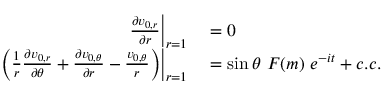
\begin{array} { r l } { \left. \frac { \partial v _ { 0 , r } } { \partial r } \right| _ { r = 1 } } & { { } = 0 } \\ { \left. \left( \frac { 1 } { r } \frac { \partial v _ { 0 , r } } { \partial \theta } + \frac { \partial v _ { 0 , \theta } } { \partial r } - \frac { v _ { 0 , \theta } } { r } \right) \right| _ { r = 1 } } & { { } = \sin { \theta } ~ F ( m ) ~ e ^ { - i t } + c . c . } \end{array}